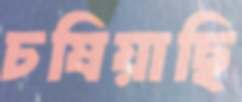
চষিয়াছি